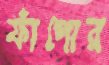
ফাঁপোর